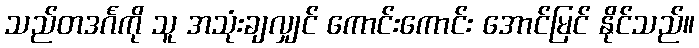
သည်တဒင်္ဂကို သူ အသုံးချလျှင် ကောင်းကောင်း အောင်မြင် နိုင်သည်။